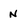
Character: N